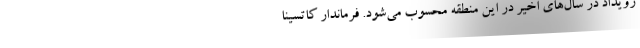
رویداد در سال‌های اخیر در این منطقه محسوب می‌شود. فرماندار کاتسینا